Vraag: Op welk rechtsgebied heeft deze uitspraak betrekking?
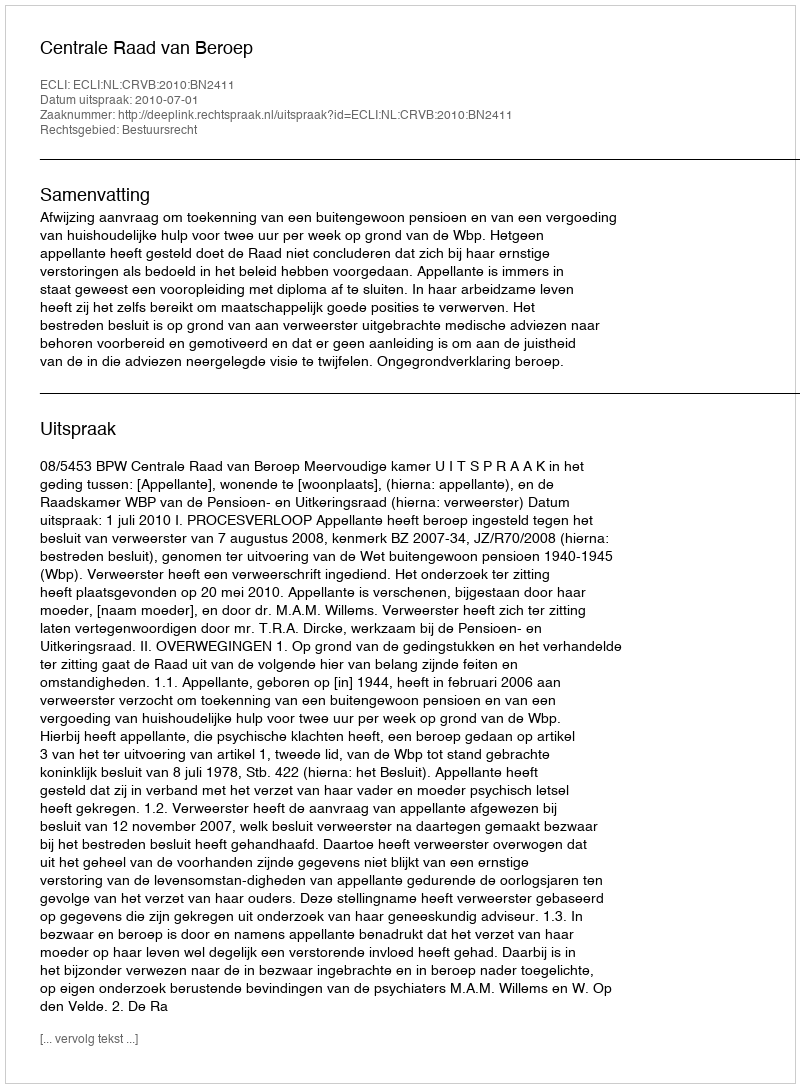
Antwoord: Bestuursrecht